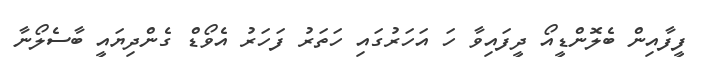
ފީފާއިން ބެލޮންޑީއޯ ދީފައިވާ ހަ އަހަރުގައި ހަތަރު ފަހަރު އެވޯޑް ގެންދިޔައީ ބާސެލޯނާ